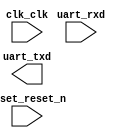

module hello_nioii (
	clk_clk,
	reset_reset_n,
	uart_rxd,
	uart_txd);	

	input		clk_clk;
	input		reset_reset_n;
	input		uart_rxd;
	output		uart_txd;
endmodule